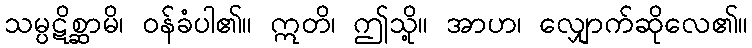
သမ္ပဋိစ္ဆာမိ၊ ဝန်ခံပါ၏။ ဣတိ၊ ဤသို့။ အာဟ၊ လျှောက်ဆိုလေ၏။